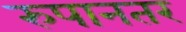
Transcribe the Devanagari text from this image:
रुपानतर